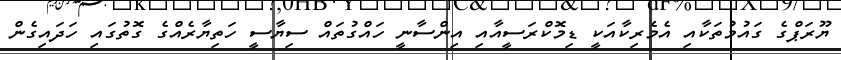
ޔޫރަޕްގެ ގައުމުތަކާއި އެމެރިކާއަކީ ޑިމޮކްރަސީއާއި އިންސާނީ ހައްގުތައް ސިޔާސީ ހަތިޔާރެއްގެ ގޮތުގައި ހަދައިގެން